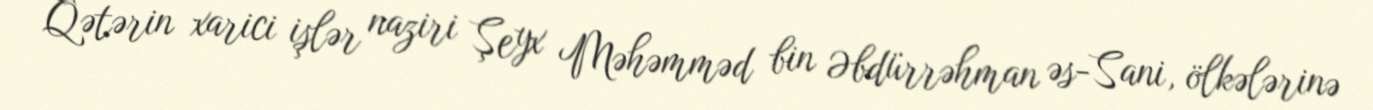
Qətərin xarici işlər naziri Şeyx Məhəmməd bin Əbdürrəhman əs-Sani, ölkələrinə